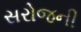
સરોજની